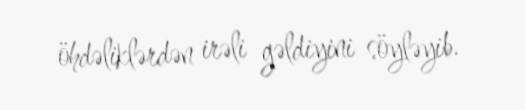
öhdəliklərdən irəli gəldiyini söyləyib.